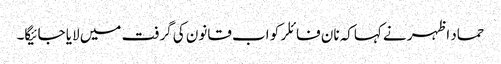
حماد اظہر نے کہاکہ نان فائلر کو اب قانون کی گرفت میں لایا جائیگا۔